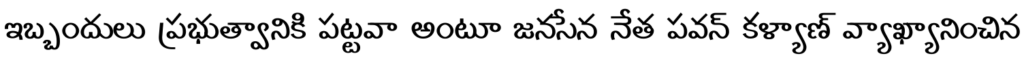
ఇబ్బందులు ప్రభుత్వానికి పట్టవా అంటూ జనసేన నేత పవన్ కళ్యాణ్ వ్యాఖ్యానించిన